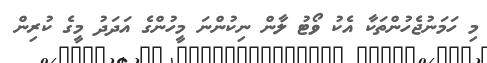
މި ހަމަނުޖެހުންތަކާ އެކު ވޯޓު ލާން ނިކުންނަ މީހުންގެ އަދަދު މީގެ ކުރިން